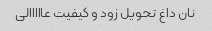
نان داغ تحویل زود و کیفیت عااااالی